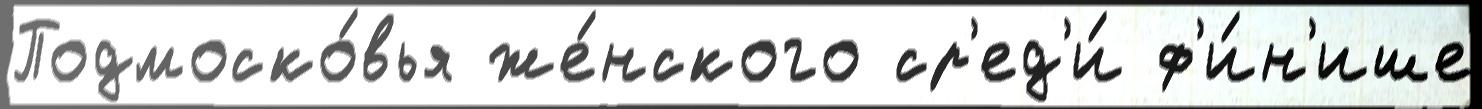
Подмоско́вья же́нского ср'ед'и́ ф'и́н'ише